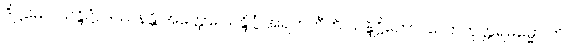
ဒိဋ္ဌမေဝ သန္ဒိဋ္ဌံ, ဒဿနန္တိ အတ္ထော။ သန္ဒိဋ္ဌံ အရဟတီတိ သန္ဒိဋ္ဌိကော။ လောကုတ္တရဓမ္မော ဟိ